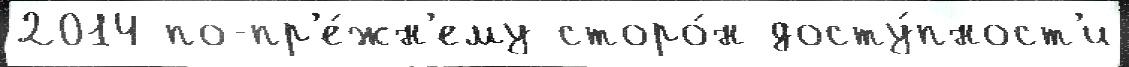
2014 по-пр'е́жн'ему сторо́н досту́пност'и